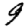
Digit: 9